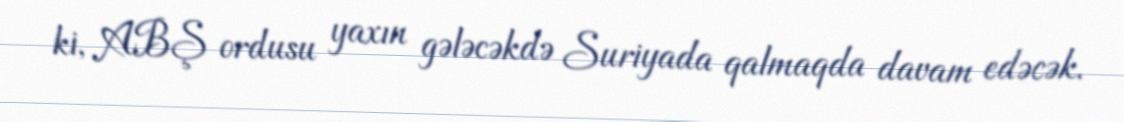
ki, ABŞ ordusu yaxın gələcəkdə Suriyada qalmaqda davam edəcək.